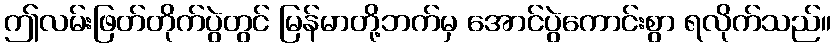
ဤလမ်းဖြတ်တိုက်ပွဲတွင် မြန်မာတို့ဘက်မှ အောင်ပွဲကောင်းစွာ ရလိုက်သည်။